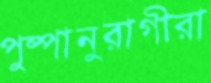
পুষ্পানুরাগীরা